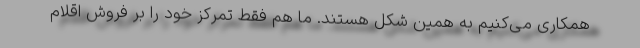
همکاری می‌کنیم به همین شکل هستند. ما هم فقط تمرکز خود را بر فروش اقلام